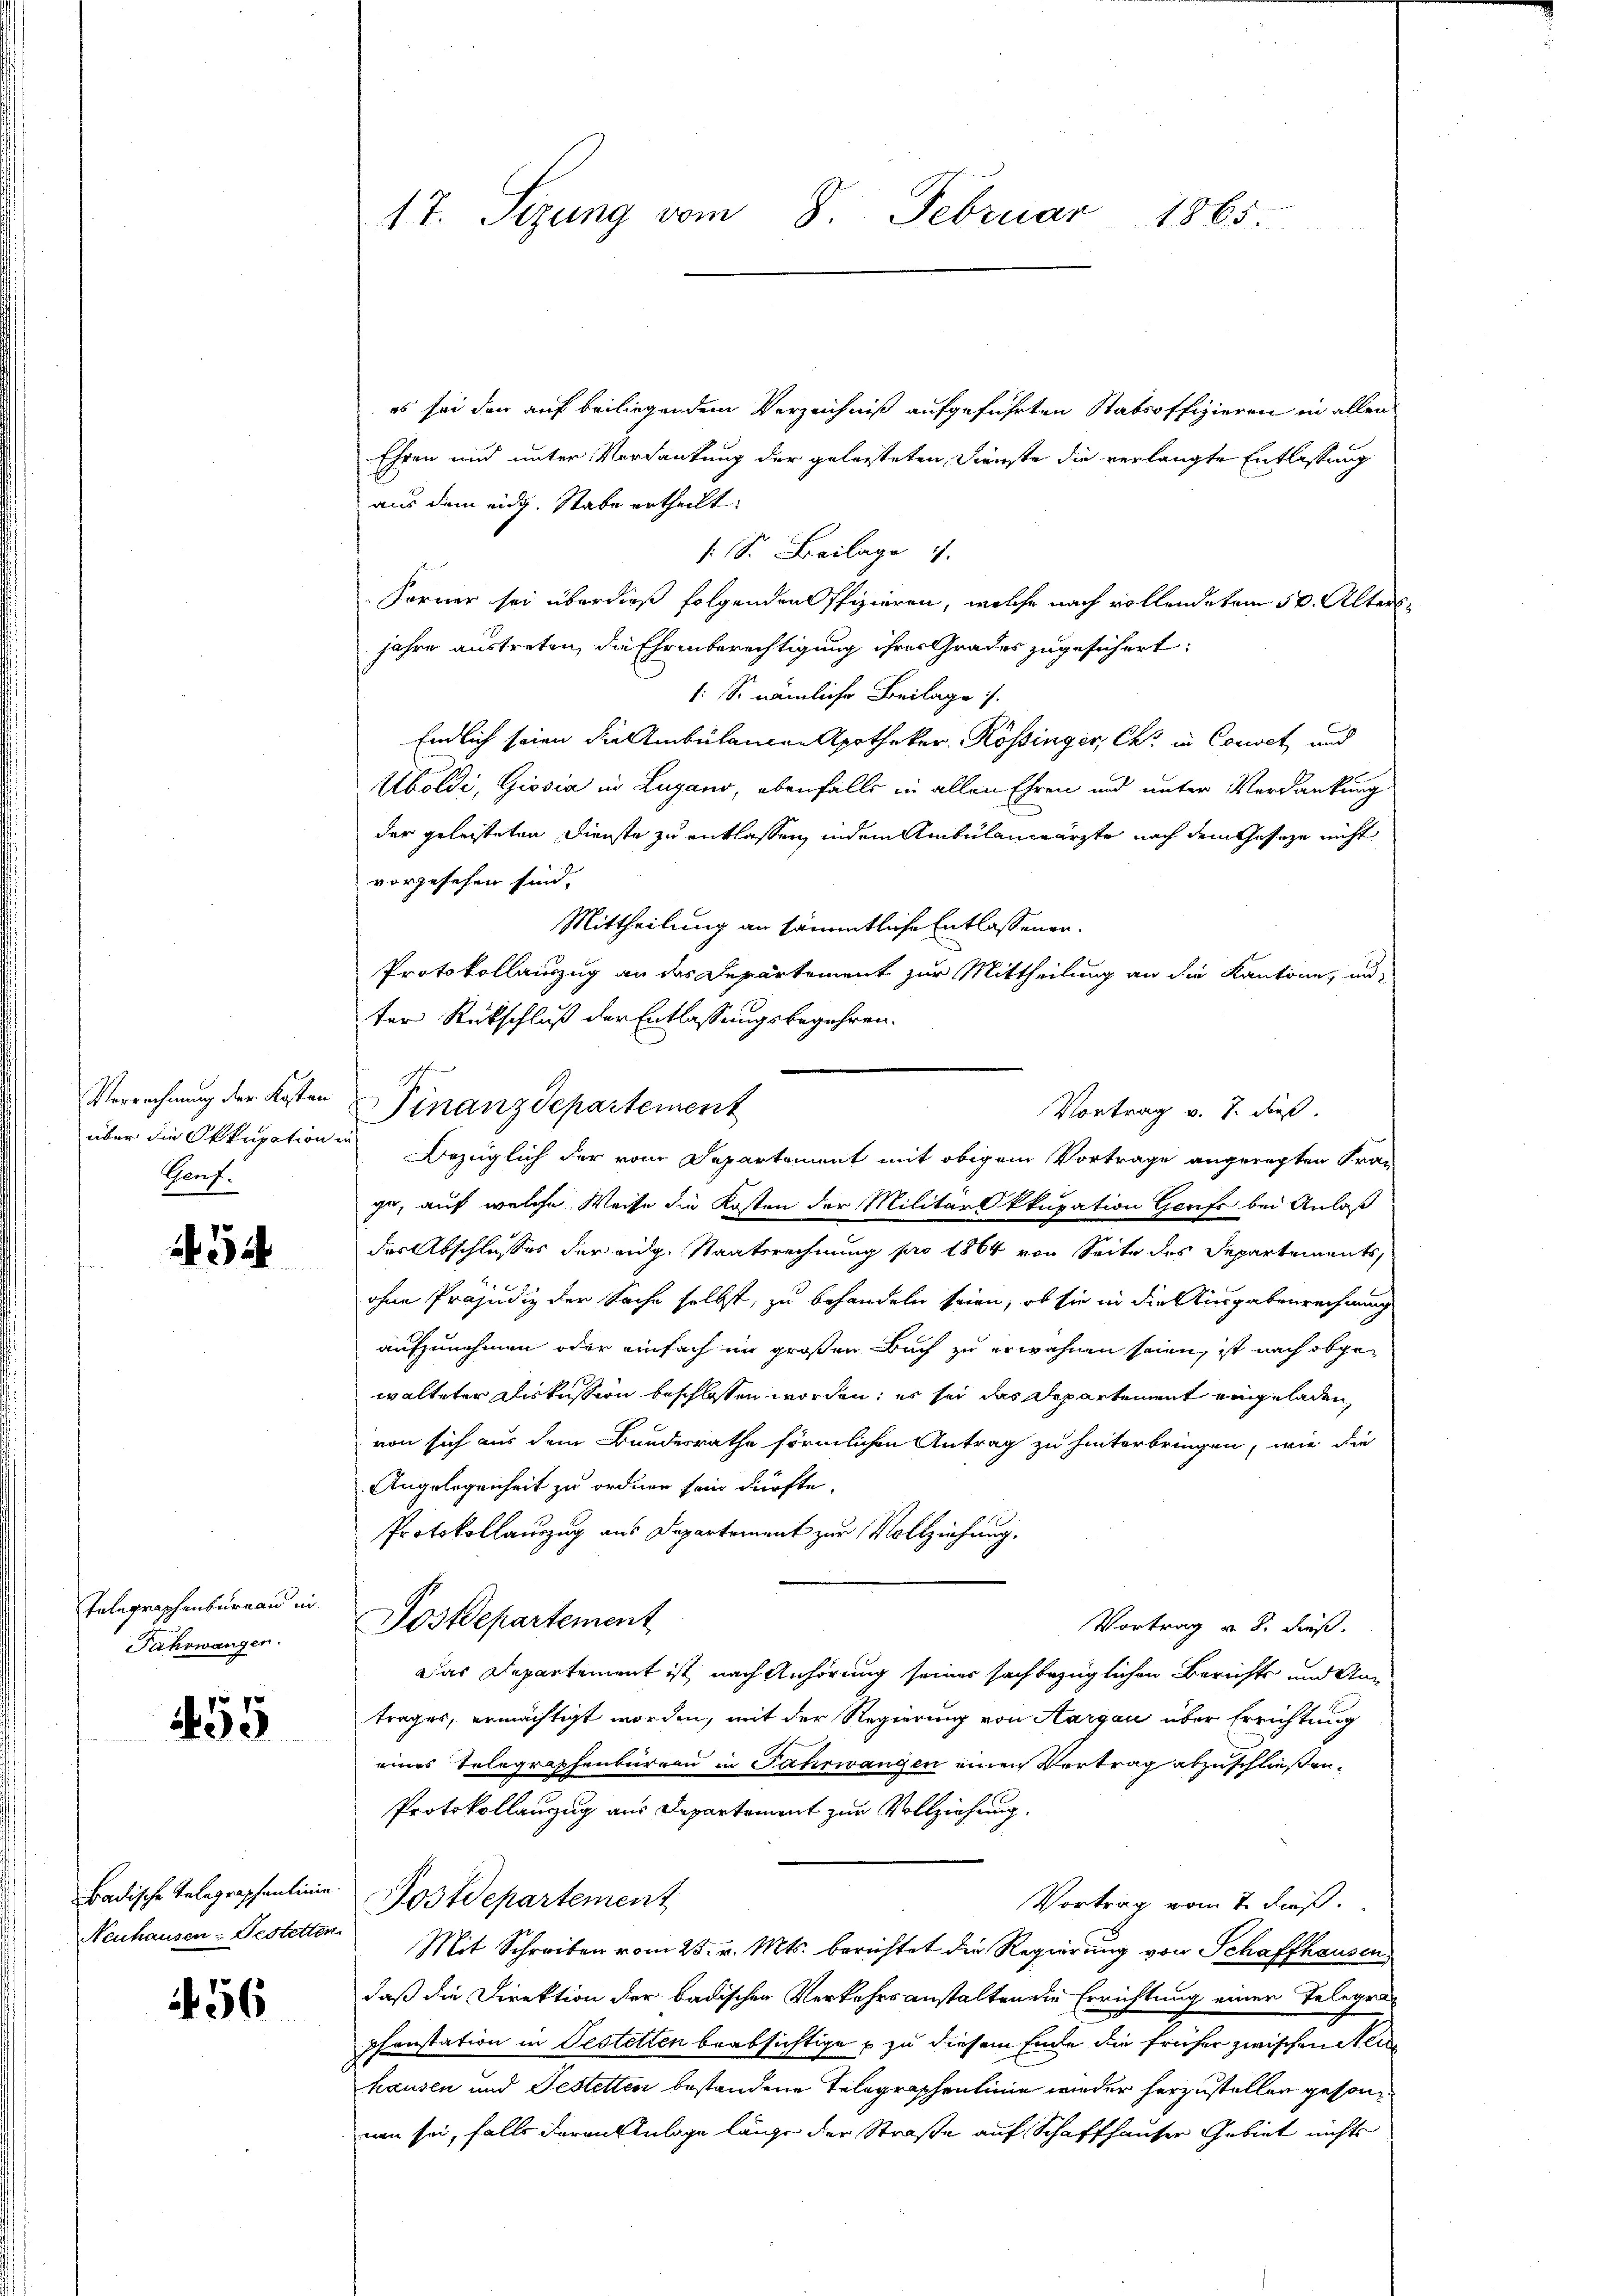
Verrechnung der Kosten
aber die Okkupation in
Genf.

34

Telegraphenbureau in
Fahowangen.

455

Neuhausen-Festetten.

456

1t. Sitzung vom 8. Februar 1865.

es sei den auf beiliegendem Verzeichniß aufgeführten Stabsoffizieren in allen
Ehren und unter Verdankung der geleisteten Dienste die verlangte Entlassung
aus dem eidg. Stabe ertheilt:
s. S. Beilage 1
Förner sei überdieß folgenden Offizieren, welche nach vollende vom 30. Alters
jahre austreten, die Ehrenberechtigung ihres Grades zugesichert:
1: So nämliche Beilage.
Endlich seien die Ambülamen Apotheker Rossinger, Chr. in Conset und
Aboldi, Giosia in Lugano, ebenfalls in allen Ehren und unter Verdankung
der geleisteten Dienste zu entlassen, indem Ambulanwärzte nach dem Geseze nicht
vorgesehen sind,
Mittheilung an sämmtliche Entlassenge¬
Protokollauszug an das Departement zur Mittheilung an die Kantone, unter Rückschluß der Entlassungsbegehren.
h
Bezüglich der vom Departement mit obigem Vortrage angeregten Fran
ge, auf welche Weise die Kosten der Militar Okkupation Gerife bei Anlaß
der Abschlusses der eidg. Staatsrechnung pro 1864 von Seite des Departements
b
ohne Präjudiz der Sache selbst, zu behandeln seien, ob sie in die Ausgabenrechnung
aufzunehmen oder einfach im großen Buch zu erwähnen seien, ist nach obgewalteter Diskussion beschlossen worden; es sei das Departement eingeladen,
von sich aus dem Bundesrathe förmlichen Antrag zu hinterbringen, wie die
Angelegenheit zu ordnen sein dürfte.
Protokollauszug aus Departement zur Vollziehung.
Postdepartement
Vortrag v. 8. dieß.
Das Departement ist, nach Anhörung seiner sachbezüglichen Berichts und Antrages, ermächtigt worden, mit der Regierung von Aargau über Errichtung
eines Telegraphenbureau in Fahrwangen einen Vertrag abzuschließen.
Protokollanzug aus Departement zur Vollziehung.
Badische Telegraphenlinie Postdepartement
Vortrag vom 7. Fuß.
Mit Schreiben vom 25. v. Mts. berichtet die Regierung von Schaffhausen,
daß die Direktion der badischen Verkehrsanstalten die Errichtung einer Telegra
phanstation in Oestetten beabsichtige zu diesem Eine die früher zwischen Meuhausen und Festetten bestandene Telegraphenlinie wieder herzustellen gesonnen sei, falls daran Anlage länge der Straße auf Schaffhauser Gebiet nichts

Finanzdepartement

Vortrag v. J. dieß.